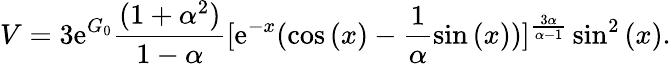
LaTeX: V=3\mathrm{e}^{G_{0}}\frac{(1+\alpha^{2})}{1-\alpha}[\mathrm{e}^{-x}(\cos{(x)}-\frac{1}{\alpha}\sin{(x)})]^{\frac{3\alpha}{\alpha-1}}\sin^{2}{(x)}.